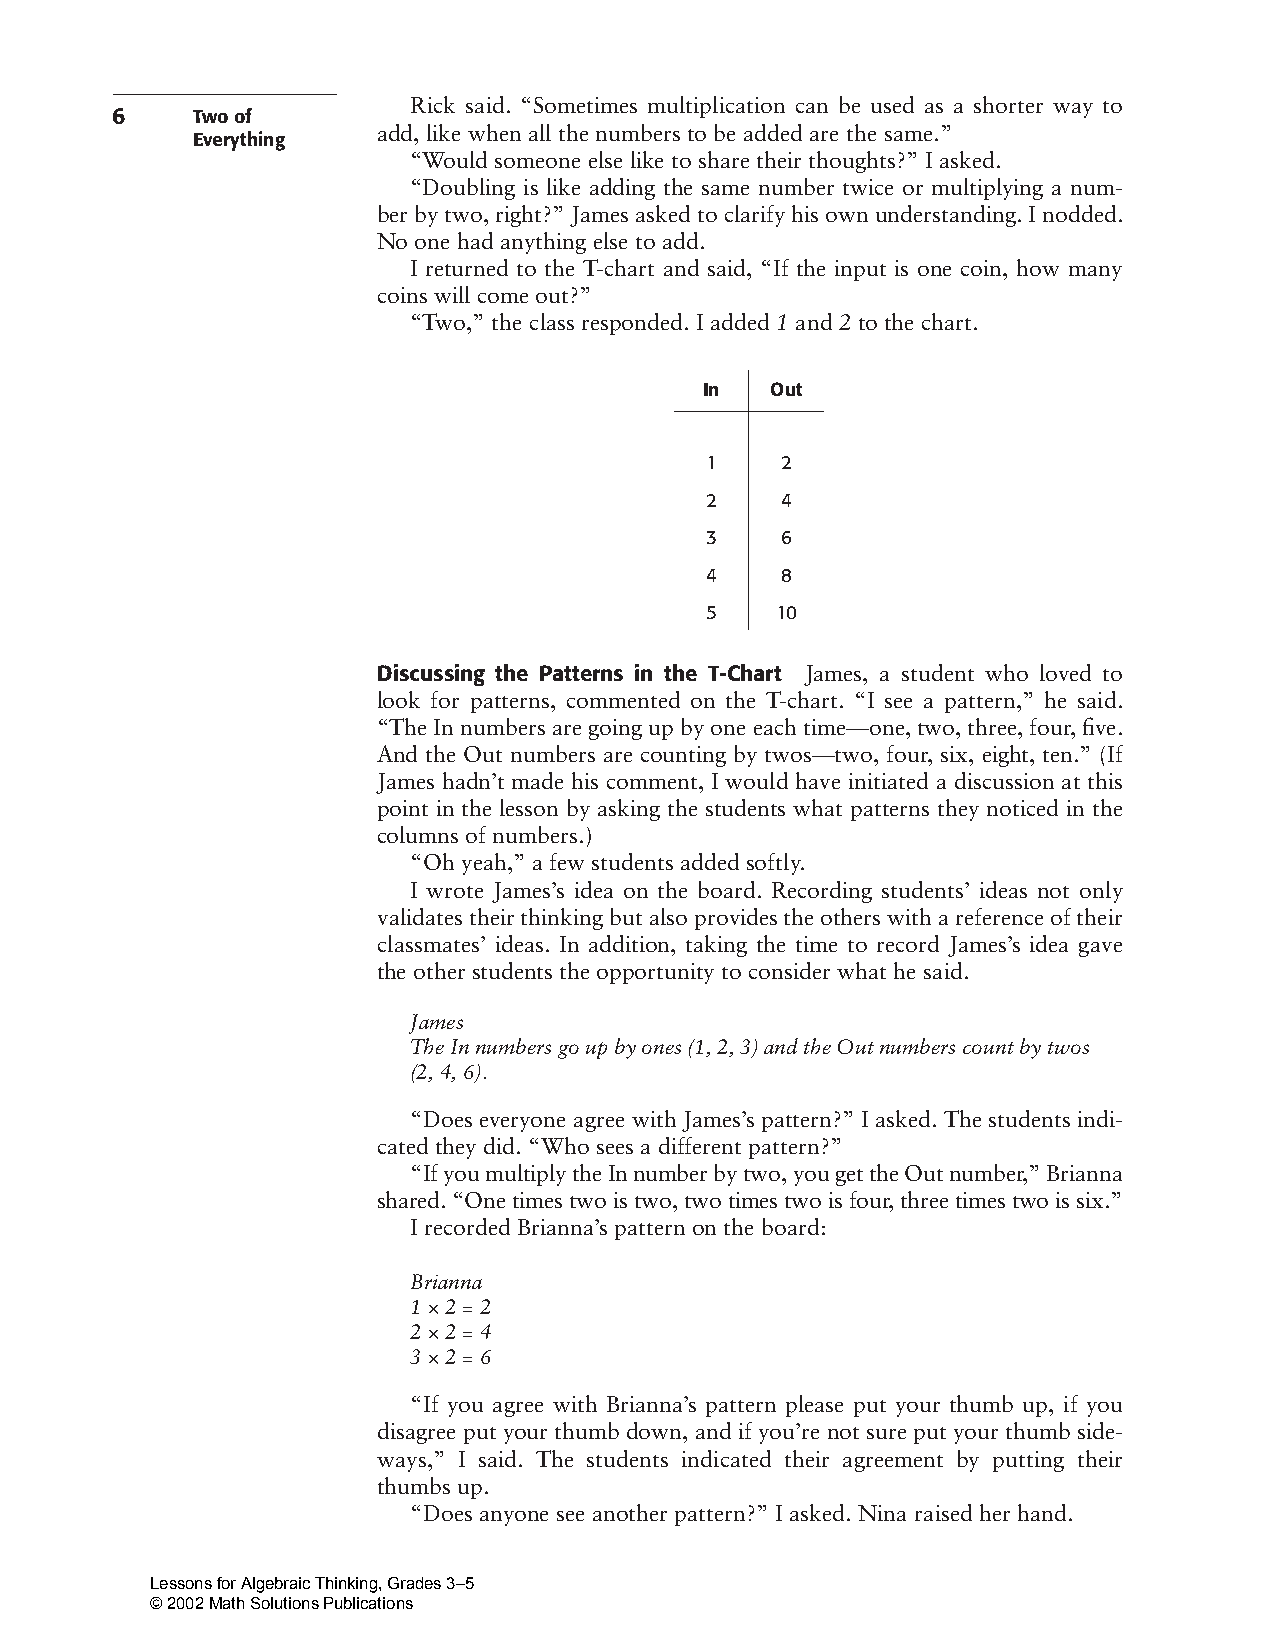
Rick said. “Sometimes multiplication can be used as a shorter way to
 6     Twoof
 add, like when all the numbers to be added are the same.”
 Everything
 “Would someone else like to share their thoughts?” I asked.
 “Doubling is like adding the same number twice or multiplying a num-
 berbytwo,right?”Jamesaskedtoclarifyhisownunderstanding.Inodded.
 No one had anything else to add.
 I returned to the T-chart and said, “If the input is one coin, how many
 coins will come out?”
 “Two,” the class responded. I added 1 and 2 to the chart.
 In  Out
 1    2
 2    4
 3    6
 4    8
 5   10
 Discussing the Patterns in the T-Chart James, a student who loved to
 look for patterns, commented on the T-chart. “I see a pattern,” he said.
 “TheInnumbersaregoingupbyoneeachtime—one,two,three,four,five.
 And the Out numbers are counting by twos—two, four, six, eight, ten.” (If
 James hadn’t made his comment, I would have initiated a discussion at this
 point in the lesson by asking the students what patterns they noticed in the
 columns of numbers.)
 “Oh yeah,” a few students added softly.
 I wrote James’s idea on the board. Recording students’ ideas not only
 validatestheirthinkingbutalsoprovidestheotherswithareferenceoftheir
 classmates’ ideas. In addition, taking the time to record James’s idea gave
 the other students the opportunity to consider what he said.
 James
 TheInnumbersgoupbyones(1,2,3)andtheOutnumberscountbytwos
 (2,4,6).
 “Does everyone agree with James’s pattern?” I asked. The students indi-
 cated they did. “Who sees a different pattern?”
 “IfyoumultiplytheInnumberbytwo,yougettheOutnumber,”Brianna
 shared.“Onetimestwoistwo,twotimestwoisfour,threetimestwoissix.”
 I recorded Brianna’s pattern on the board:
 Brianna
 1 2=2
 ×
 2 2=4
 ×
 3 2=6
 ×
 “If you agree with Brianna’s pattern please put your thumb up, if you
 disagree put your thumb down, and if you’re not sure put your thumb side-
 ways,” I said. The students indicated their agreement by putting their
 thumbs up.
 “Does anyone see another pattern?” I asked. Nina raised her hand.
 Lessons for Algebraic Thinking, Grades 3–5
 © 2002 Math Solutions Publications